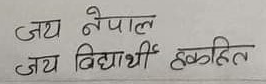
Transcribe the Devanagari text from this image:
जय नेपाल
जय विद्यार्थी हकहित